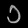
Digit: ၁